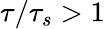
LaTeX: \tau/\tau_{s}>1